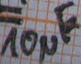
Text: 10µF